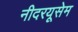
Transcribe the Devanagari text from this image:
नीदरयूसेम